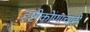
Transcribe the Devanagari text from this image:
दृष्टीकोणाचाही